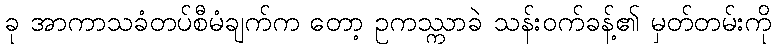
ခု အာကာသခံတပ်စီမံချက်က တော့ ဥကဿ္ကာခဲ သန်းဝက်ခန့်၏ မှတ်တမ်းကို